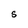
Character: s